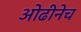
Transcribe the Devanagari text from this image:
ओढीनेच